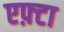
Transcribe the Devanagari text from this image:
एफ़्टा